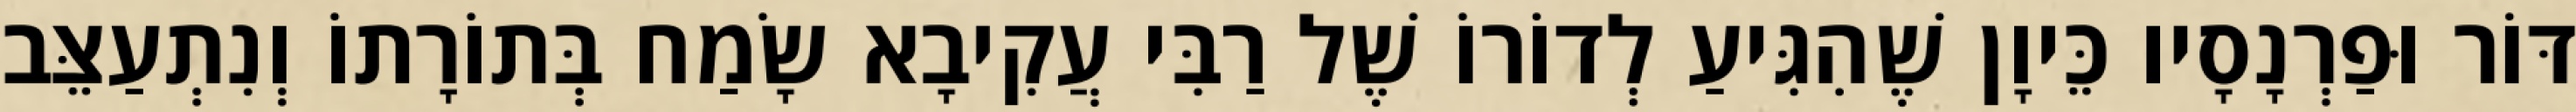
דּוֹר וּפַרְנָסָיו כֵּיוָן שֶׁהִגִּיעַ לְדוֹרוֹ שֶׁל רַבִּי עֲקִיבָא שָׂמַח בְּתוֹרָתוֹ וְנִתְעַצֵּב